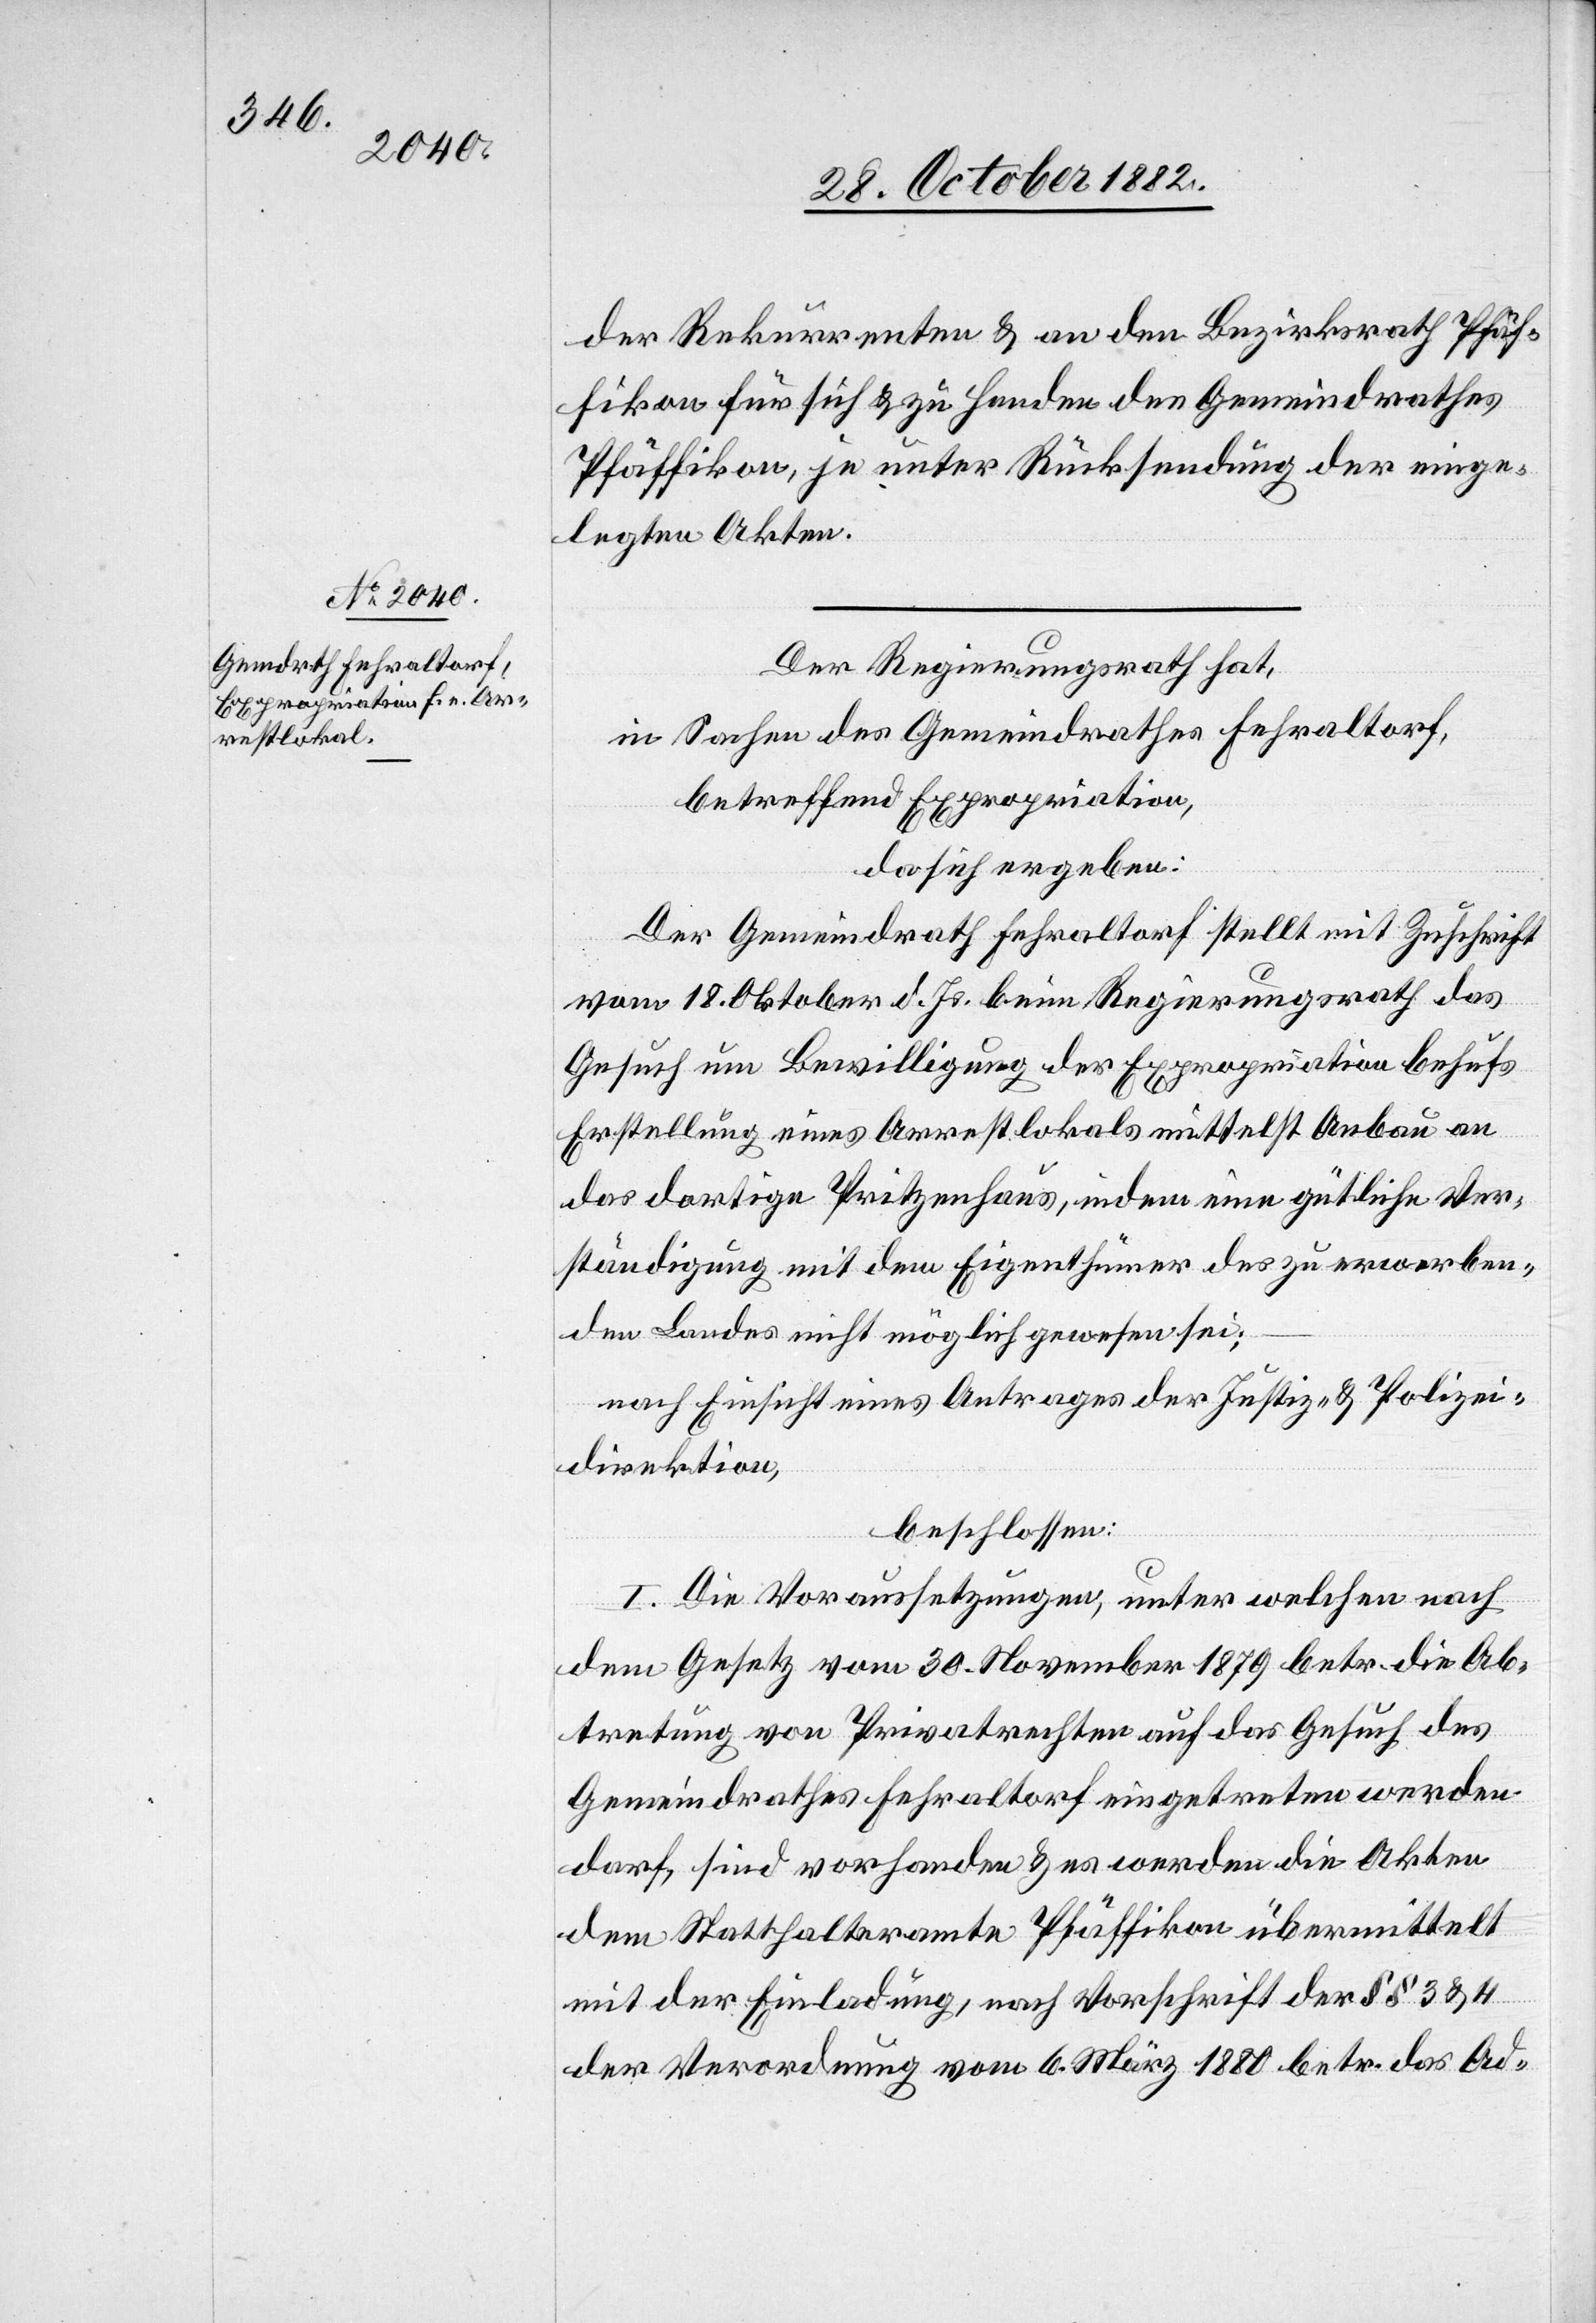
der Rekurrenten & an den Bezirksrath Pfäf¬
fikon für sich & zu Handen des Gemeindrathes
Pfäffikon, je unter Rücksendung der einge¬
legten Akten.
Der Regierungsrath hat,
in Sachen des Gemeindrathes Fehraltorf,
betreffend Expropriation,
da sich ergeben:
Der Gemeindrath Fehraltorf stellt mit Zuschrift
vom 18. Oktober d. Js. beim Regierungsrath das
Gesuch um Bewilligung der Expropriation behufs
Erstellung eines Arrestlokals mittelst Anbau an
das dortige Pritzenhaus [recte: Spritzenhaus], indem eine gütliche Ver¬
ständigung mit dem Eigenthümer des zu erwerben¬
den Landes nicht möglich gewesen sei;
nach Einsicht eines Antrages der Justiz- & Polizei¬
direktion,
beschlossen:
I. Die Voraussetzungen, unter welchen nach
dem Gesetz vom 30. November 1879 betr. die Ab¬
tretung von Privatrechten auf das Gesuch des
Gemeindrathes Fehraltorf eingetreten werden
darf, sind vorhanden & es werden die Akten
dem Statthalteramte Pfäffikon übermittelt
mit der Einladung, nach Vorschrift der §§ 3 & 4
der Verordnung vom 6. März 1880 betr. das Ad-